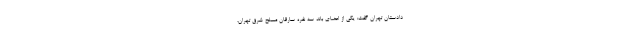
دادستان تهران گفت: یکی از اعضای باند سه نفره سارقان مسلح شرق تهران،